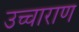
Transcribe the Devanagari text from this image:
उच्चाराण